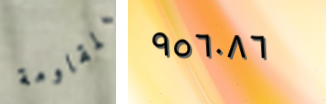
المقاومة ٩٥٦٠٨٦